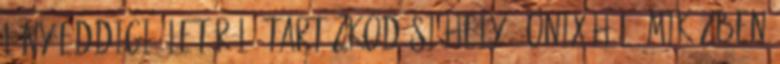
lány eddigi életéről. Tartózkodási hely : Onix háló Miközben